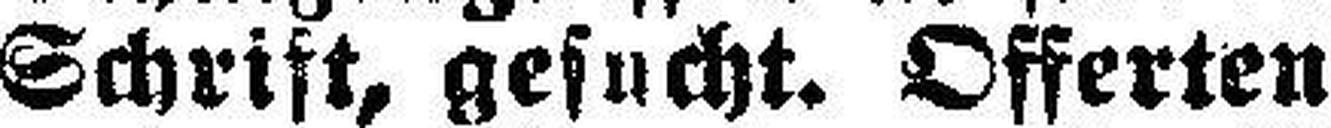
Schrift, gesucht. Offerten